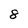
Character: 8